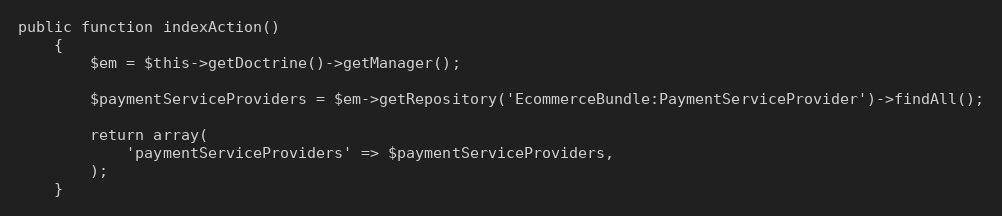
Language: PHP
public function indexAction()
    {
        $em = $this->getDoctrine()->getManager();

        $paymentServiceProviders = $em->getRepository('EcommerceBundle:PaymentServiceProvider')->findAll();

        return array(
            'paymentServiceProviders' => $paymentServiceProviders,
        );
    }